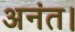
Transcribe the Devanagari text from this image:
अनंत।